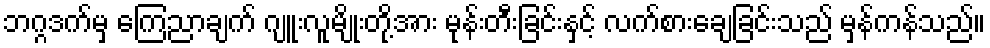
ဘဂ္ဂဒက်မှ ကြေညာချက် ဂျူးလူမျိုးတို့အား မုန်းတီးခြင်းနှင့် လက်စားချေခြင်းသည် မှန်ကန်သည်။